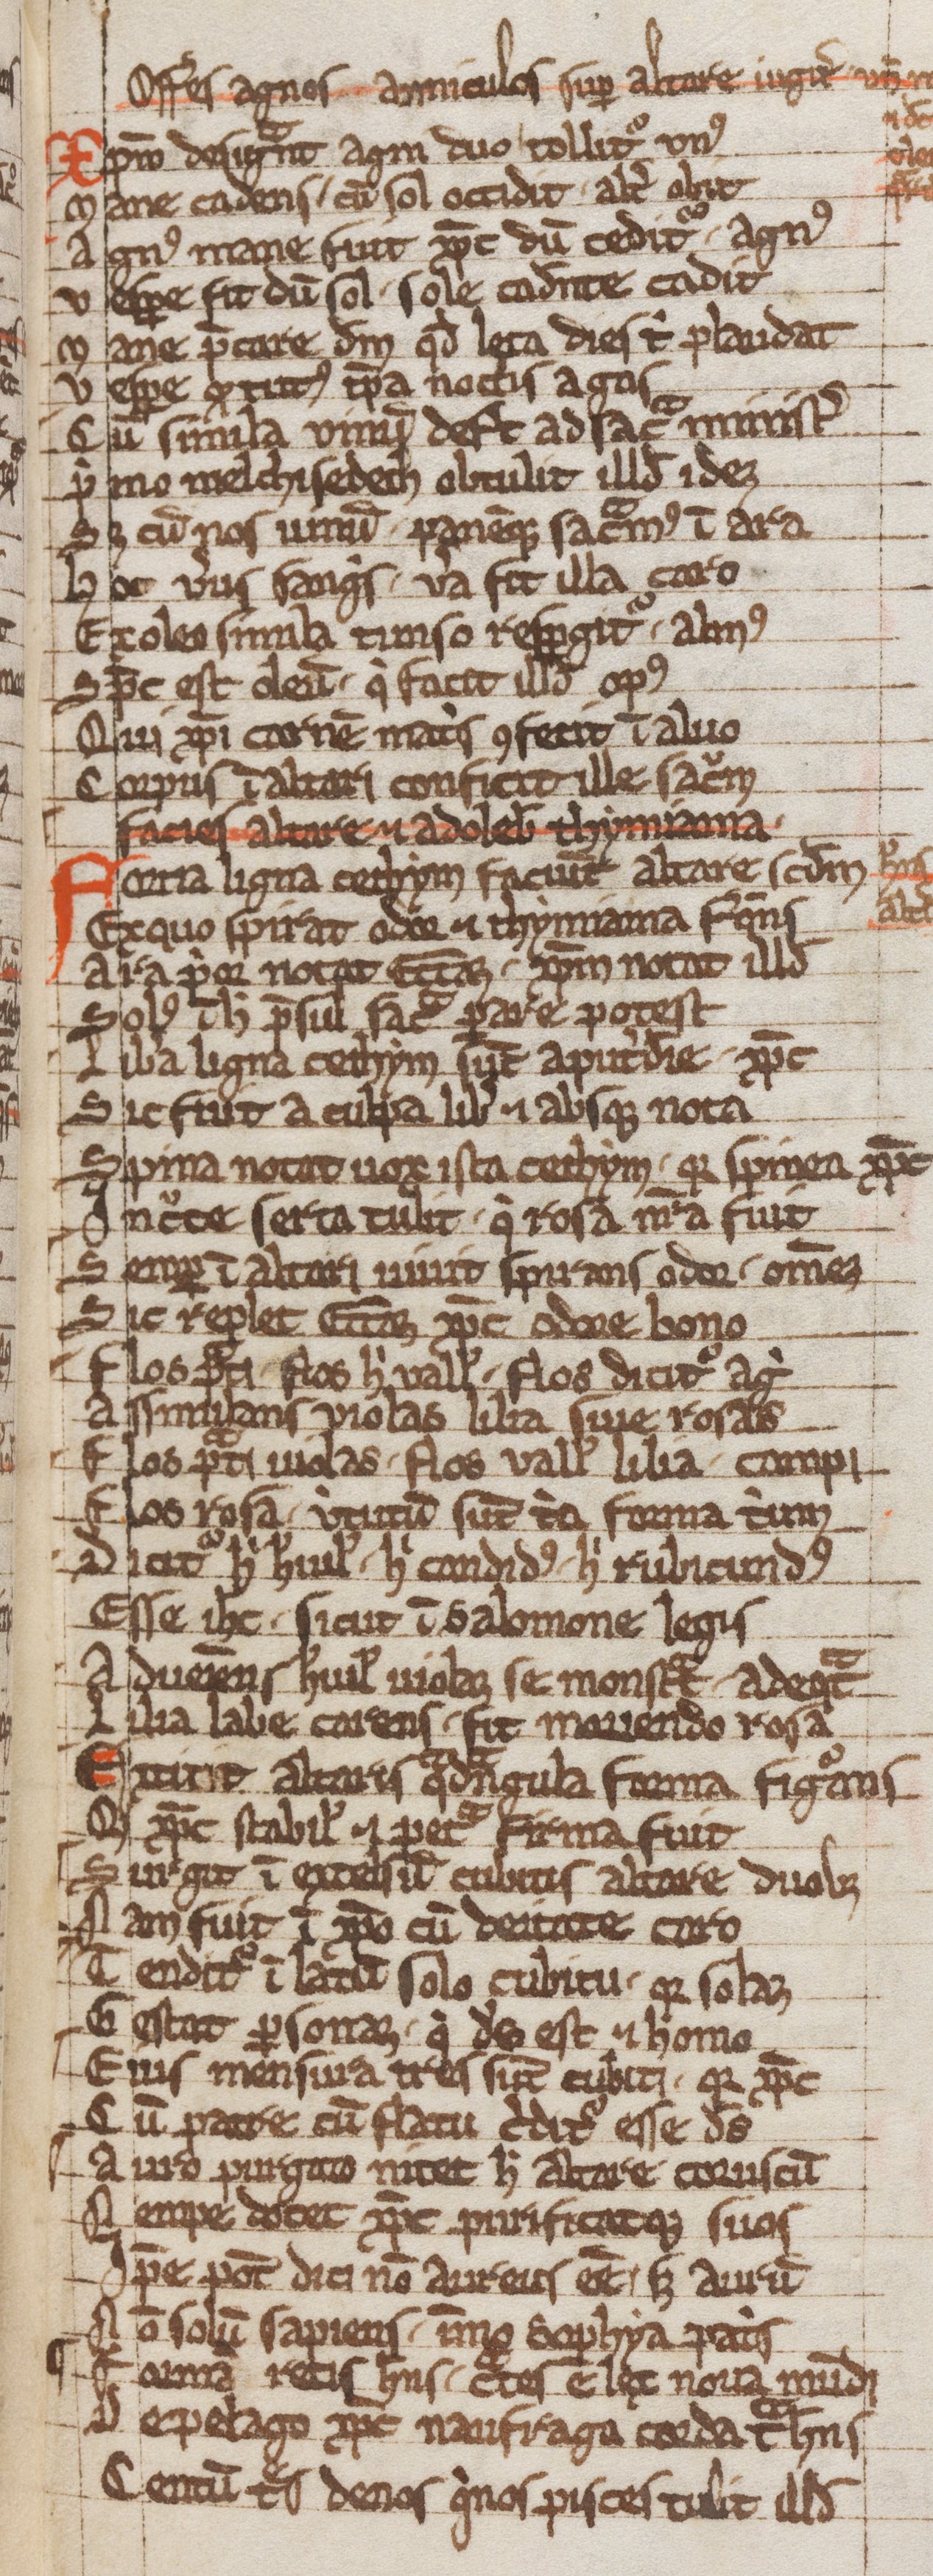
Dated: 1203–1203